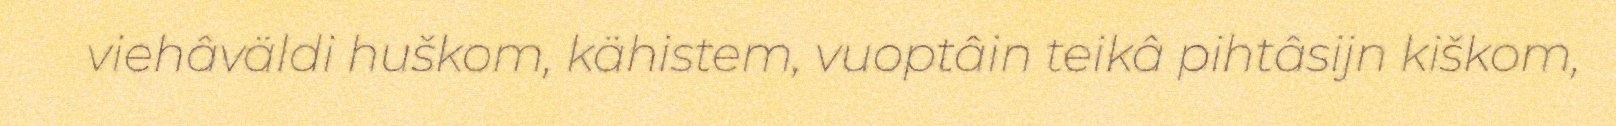
viehâväldi huškom, kähistem, vuoptâin teikâ pihtâsijn kiškom,